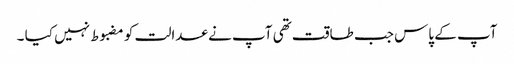
آپ کے پاس جب طاقت تھی آپ نے عدالت کو مضبوط نہیں کیا ۔